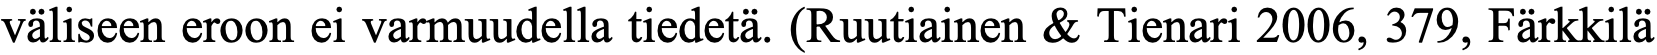
väliseen eroon ei varmuudella tiedetä. (Ruutiainen & Tienari 2006, 379, Färkkilä